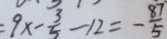
= 9 x - \frac { 3 } { 5 } - 1 2 = - \frac { 8 7 } { 5 }